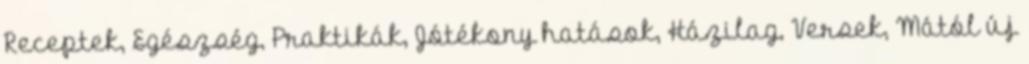
Receptek, Egészség, Praktikák, Jótékony hatások, Házilag, Versek, Mától új